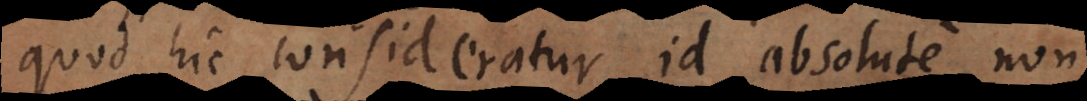
quod hic consideratur, id absolute non